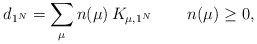
\begin{align*}d_{1^N}=\sum_{\mu} n(\mu)\, K_{\mu,1^N} \, \qquad n(\mu)\geq 0,\end{align*}